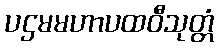
ပဌမမဟာပထဝီသုတ္တံ